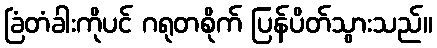
ခြံတံခါးကိုပင် ဂရုတစိုက် ပြန်ပိတ်သွားသည်။